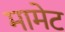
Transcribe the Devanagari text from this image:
मामेट